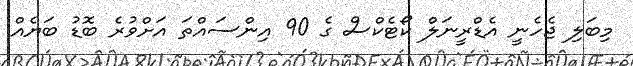
މިބަލި ޖެހެނީ އެޑްރީނަލް ކޯޓެކްސް ގެ 90 އިންސައްތަ އަށްވުރެ ބޮޑު ބަޔެއް